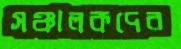
সঞ্চালকদের